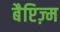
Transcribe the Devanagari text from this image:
बैप्टिज़्म